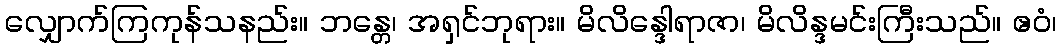
လျှောက်ကြကုန်သနည်း။ ဘန္တေ၊ အရှင်ဘုရား။ မိလိန္ဒေါရာဇာ၊ မိလိန္ဒမင်းကြီးသည်။ ဧဝံ၊